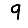
Digit: 9